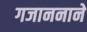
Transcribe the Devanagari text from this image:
गजाननाने